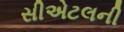
સીએટલની